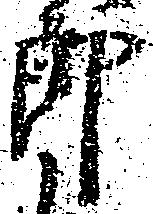
郎